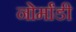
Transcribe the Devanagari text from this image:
नोर्मांडी